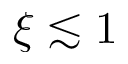
\xi \lesssim 1